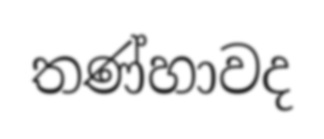
තණ්හාවද